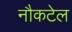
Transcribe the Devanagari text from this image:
नौकटेल